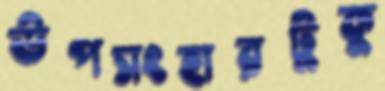
উপসংহারটুকু